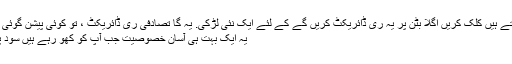
آپ کر سکتے ہیں کلک کریں اگلا بٹن پر یہ ری ڈائریکٹ کریں گے کے لئے ایک نئی لڑکی. یہ گا تصادفی ری ڈائریکٹ ، تو کوئی پیشن گوئی سے زیادہ.
یہ ایک بہت ہی آسان خصوصیت جب آپ کو کھو رہے ہیں سود پر ہی ہے ۔